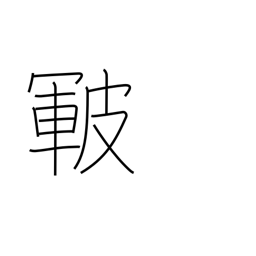
Meaning: skin cracks or roughness